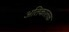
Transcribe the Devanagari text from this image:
अतिकालक